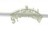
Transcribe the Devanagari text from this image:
युद्धनौकांसोबत